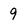
Character: 9